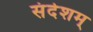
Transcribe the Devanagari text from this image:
संदेशम्